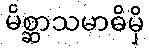
မိစ္ဆာသမာဓိမှိ